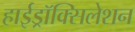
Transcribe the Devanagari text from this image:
हाईड्रॉक्सिलेशन